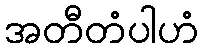
အတီတံပါဟံ